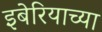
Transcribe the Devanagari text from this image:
इबेरियाच्या